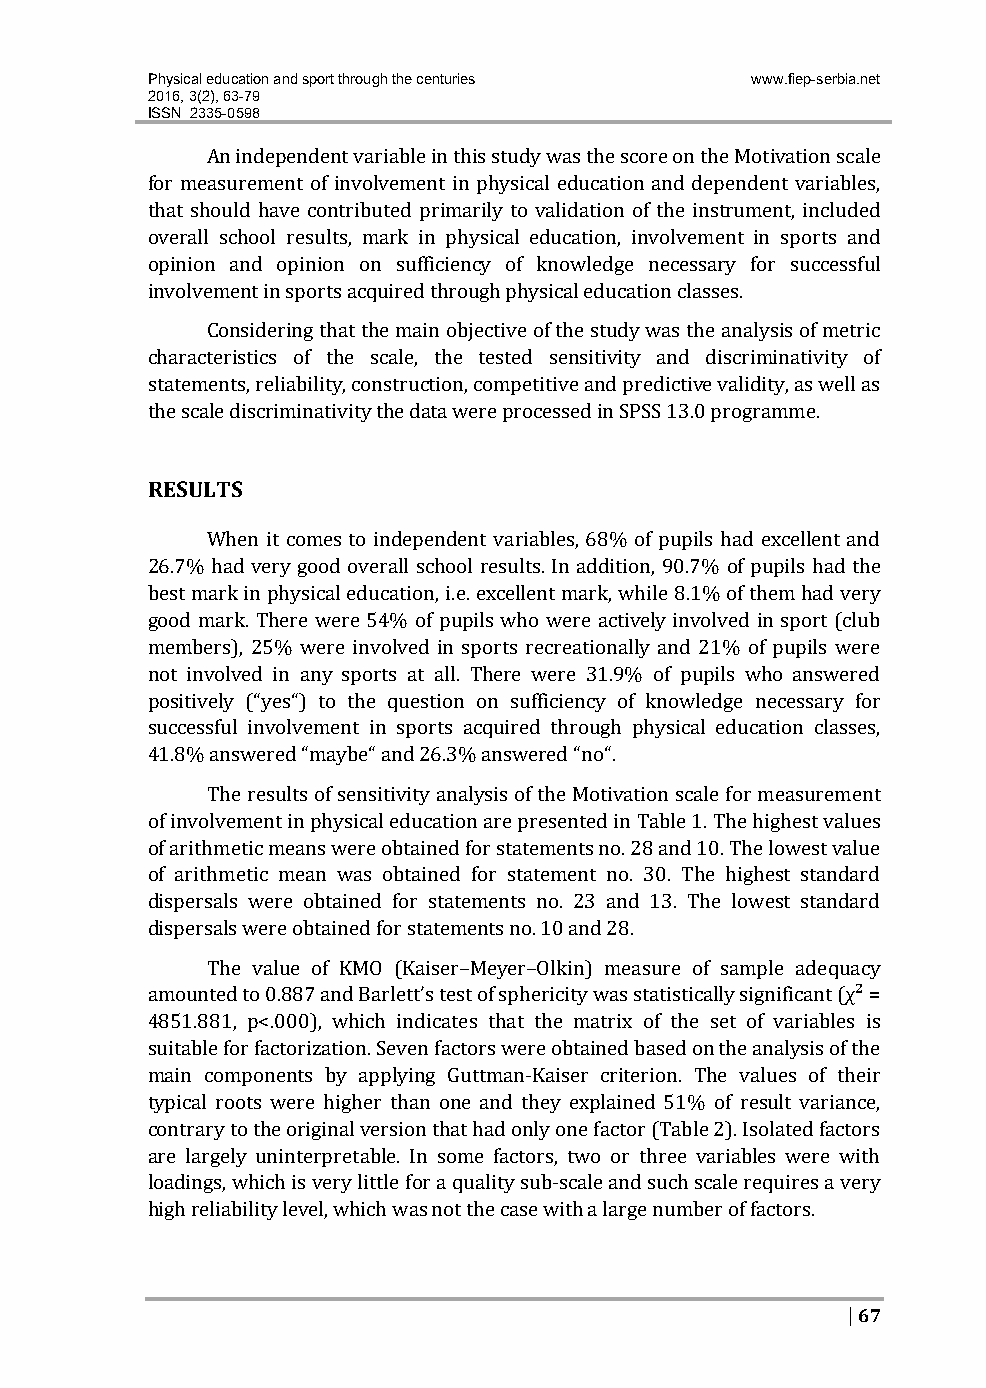
Physical education and sport through the centuries www.fiep-serbia.net
 2016, 3(2), 63-79
 ISSN 2335-0598
 An independent variable in this study was the score on the Motivation scale
 for measurement of involvement in physical education and dependent variables,
 that should have contributed primarily to validation of the instrument, included
 overall school results, mark in physical education, involvement in sports and
 opinion and opinion on sufficiency of knowledge necessary for successful
 involvement in sports acquired through physical education classes.
 Considering that the main objective of the study was the analysis of metric
 characteristics of the scale, the tested sensitivity and discriminativity of
 statements, reliability, construction, competitive and predictive validity, as well as
 the scale discriminativity the data were processed in SPSS 13.0 programme.
 RESULTS
 When it comes to independent variables, 68% of pupils had excellent and
 26.7% had very good overall school results. In addition, 90.7% of pupils had the
 best mark in physical education, i.e. excellent mark, while 8.1% of them had very
 good mark. There were 54% of pupils who were actively involved in sport (club
 members), 25% were involved in sports recreationally and 21% of pupils were
 not involved in any sports at all. There were 31.9% of pupils who answered
 positively (“yes“) to the question on sufficiency of knowledge necessary for
 successful involvement in sports acquired through physical education classes,
 41.8% answered “maybe“ and 26.3% answered “no“.
 The results of sensitivity analysis of the Motivation scale for measurement
 of involvement in physical education are presented in Table 1. The highest values
 of arithmetic means were obtained for statements no. 28 and 10. The lowest value
 of arithmetic mean was obtained for statement no. 30. The highest standard
 dispersals were obtained for statements no. 23 and 13. The lowest standard
 dispersals were obtained for statements no. 10 and 28.
 The value of KMO (Kaiser–Meyer–Olkin) measure of sample adequacy
 amounted to 0.887 and Barlett’s test of sphericity was statistically significant (χ² =
 4851.881, p<.000), which indicates that the matrix of the set of variables is
 suitable for factorization. Seven factors were obtained based on the analysis of the
 main components by applying Guttman‐Kaiser criterion. The values of their
 typical roots were higher than one and they explained 51% of result variance,
 contrary to the original version that had only one factor (Table 2). Isolated factors
 are largely uninterpretable. In some factors, two or three variables were with
 loadings, which is very little for a quality sub‐scale and such scale requires a very
 high reliability level, which was not the case with a large number of factors.
 | 67